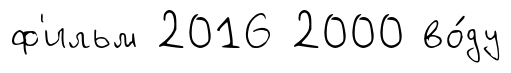
ф'ильм 2016 2000 во́ду